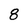
Character: 8